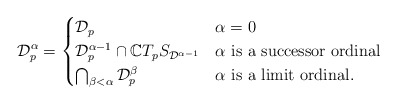
\begin{align*}\mathcal{D}_p^{\alpha} = \begin{cases}\mathcal{D}_p & \alpha = 0\\\mathcal{D}_p^{\alpha - 1} \cap \mathbb{C}T_pS_{\mathcal{D}^{\alpha - 1}} & \alpha \hbox{ is a successor ordinal}\\\bigcap_{\beta < \alpha}\mathcal{D}_p^{\beta} & \alpha \hbox{ is a limit ordinal.}\end{cases}\end{align*}